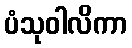
ပံသုဝါလိကာ